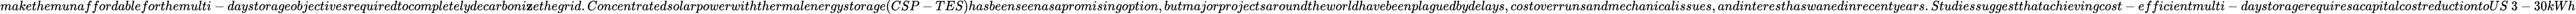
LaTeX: makethemunaffordableforthemulti-daystorageobjectivesrequiredtocompletelydecarboni\mathbf{z}ethegrid.Concentratedsolarpowerwiththermalenergystorage(CSP-TES)hasbeenseenasapromisingoption,butmajorprojectsaroundtheworldhavebeenplaguedbydelays,costoverrunsandmechanicalissues,andinteresthaswanedinrecentyears.Studiessuggestthatachievingcost-efficientmulti-daystoragerequiresacapitalcostreductiontoUS\ 3-30kWh